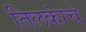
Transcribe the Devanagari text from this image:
तिलकांचे